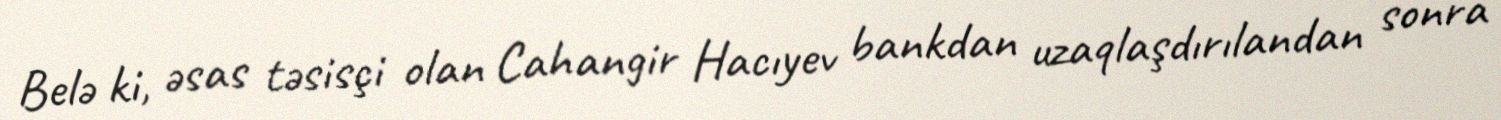
Belə ki, əsas təsisçi olan Cahangir Hacıyev bankdan uzaqlaşdırılandan sonra